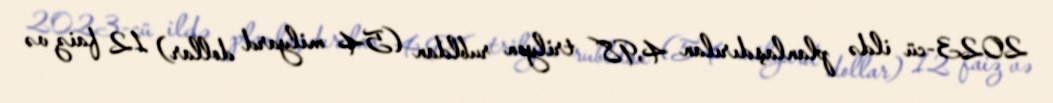
2023-cü ildə planlaşdırılan 4,98 trilyon rubldan (54 milyard dollar) 12 faiz və